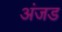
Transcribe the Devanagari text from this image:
अंजड